Problem: 2 + 46 = ?
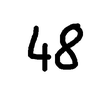
Handwritten answer: 48